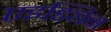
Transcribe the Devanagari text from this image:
एइड्यिन